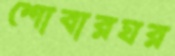
শোবারঘর